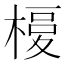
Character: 𣘅